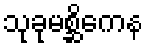
သုခုမစ္ဆိကေန